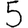
Digit: 5